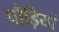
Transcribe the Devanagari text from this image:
पौड़ियों